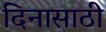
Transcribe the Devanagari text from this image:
दिनासाठी